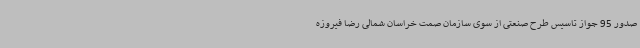
صدور 95 جواز تاسیس طرح صنعتی از سوی سازمان صمت خراسان شمالی رضا فیروزه